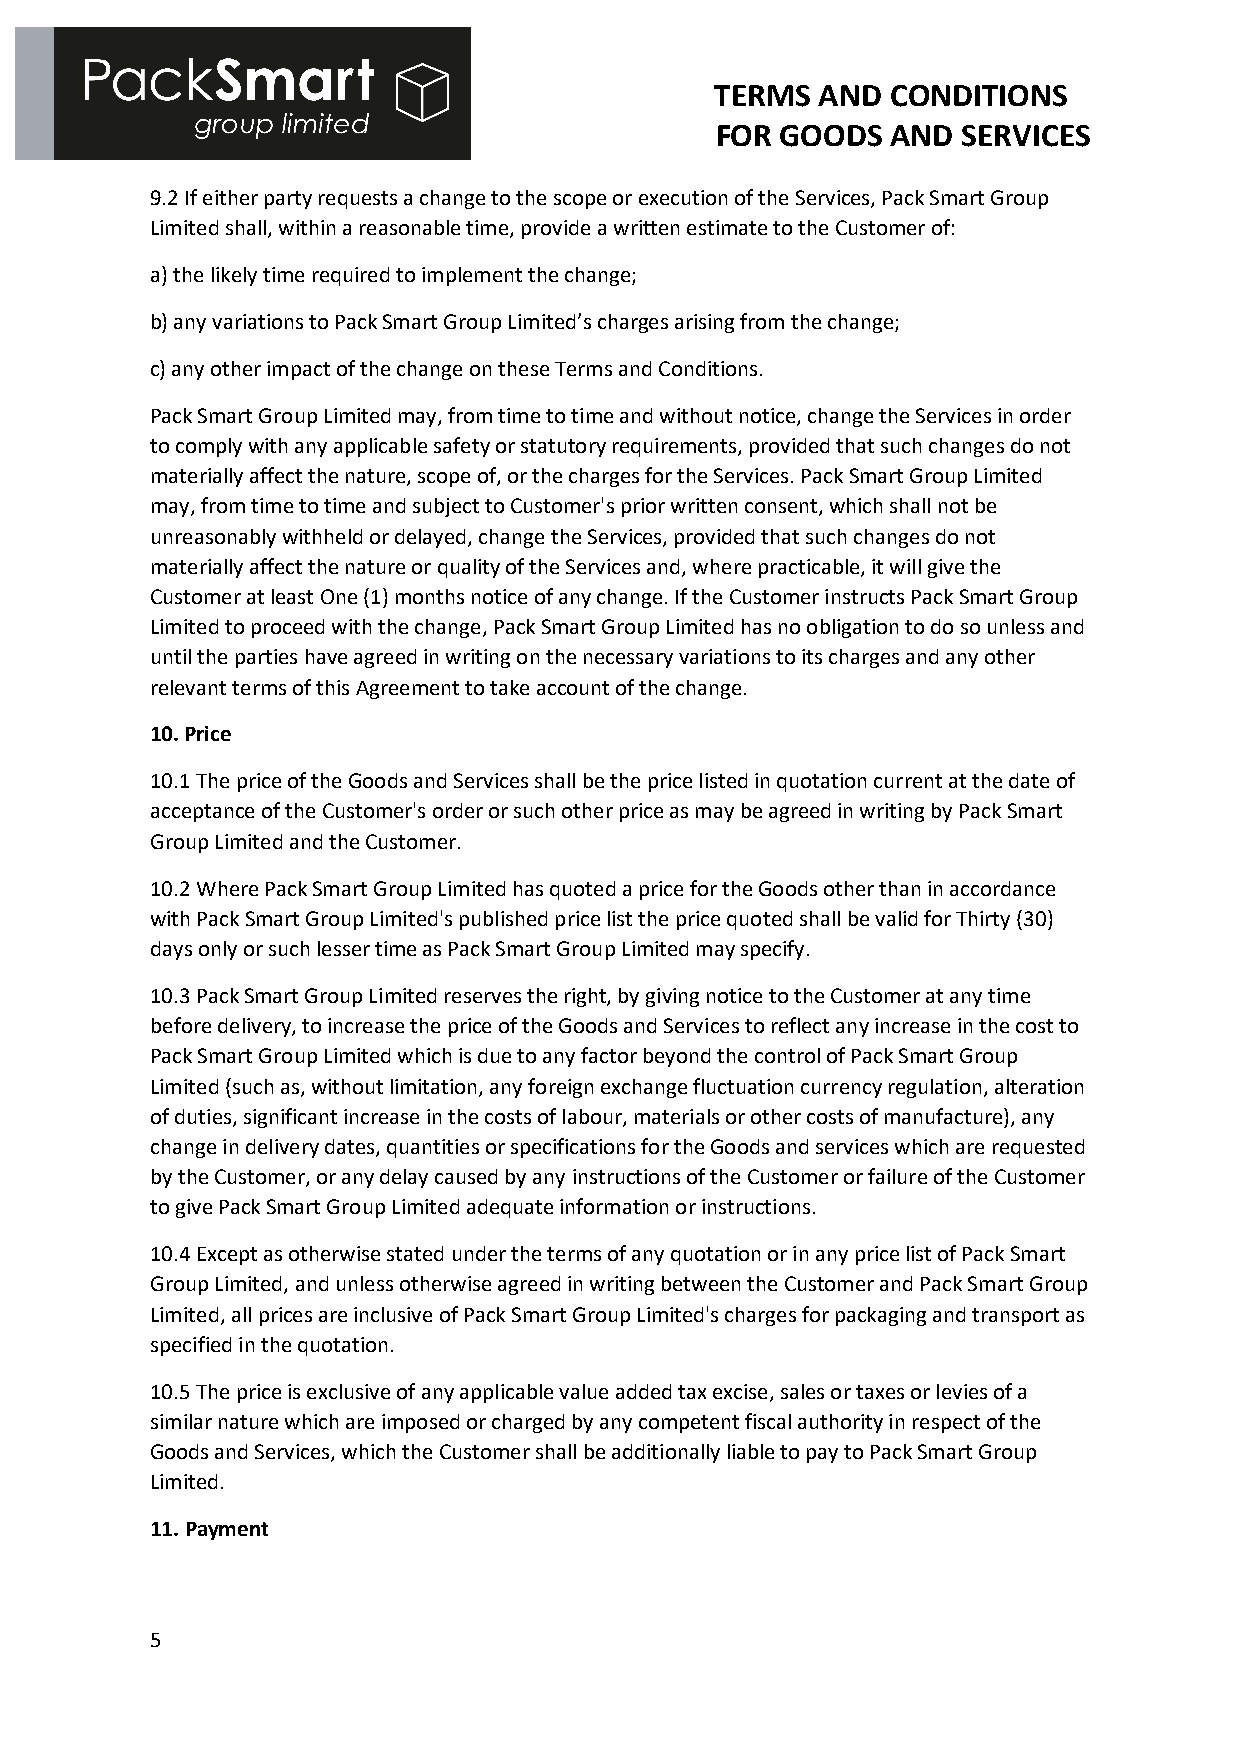
TERMS  AND  CONDITIONS
 FOR  GOODS  AND  SERVICES
 9.2 If either party requests a change to the scope or execution of the Services, Pack Smart Group
 Limited shall, within a reasonable time, provide a written estimate to the Customer of:
 a) the likely time required to implement the change;
 b) any variations to Pack Smart Group Limited’s charges arising from the change;
 c) any other impact of the change on these Terms and Conditions.
 Pack Smart Group Limited may, from time to time and without notice, change the Services in order
 to comply with any applicable safety or statutory requirements, provided that such changes do not
 materially affect the nature, scope of, or the charges for the Services. Pack Smart Group Limited
 may, from time to time and subject to Customer's prior written consent, which shall not be
 unreasonably withheld or delayed, change the Services, provided that such changes do not
 materially affect the nature or quality of the Services and, where practicable, it will give the
 Customer at least One (1) months notice of any change. If the Customer instructs Pack Smart Group
 Limited to proceed with the change, Pack Smart Group Limited has no obligation to do so unless and
 until the parties have agreed in writing on the necessary variations to its charges and any other
 relevant terms of this Agreement to take account of the change.
 10. Price
 10.1 The price of the Goods and Services shall be the price listed in quotation current at the date of
 acceptance of the Customer's order or such other price as may be agreed in writing by Pack Smart
 Group Limited and the Customer.
 10.2 Where Pack Smart Group Limited has quoted a price for the Goods other than in accordance
 with Pack Smart Group Limited's published price list the price quoted shall be valid for Thirty (30)
 days only or such lesser time as Pack Smart Group Limited may specify.
 10.3 Pack Smart Group Limited reserves the right, by giving notice to the Customer at any time
 before delivery, to increase the price of the Goods and Services to reflect any increase in the cost to
 Pack Smart Group Limited which is due to any factor beyond the control of Pack Smart Group
 Limited (such as, without limitation, any foreign exchange fluctuation currency regulation, alteration
 of duties, significant increase in the costs of labour, materials or other costs of manufacture), any
 change in delivery dates, quantities or specifications for the Goods and services which are requested
 by the Customer, or any delay caused by any instructions of the Customer or failure of the Customer
 to give Pack Smart Group Limited adequate information or instructions.
 10.4 Except as otherwise stated under the terms of any quotation or in any price list of Pack Smart
 Group Limited, and unless otherwise agreed in writing between the Customer and Pack Smart Group
 Limited, all prices are inclusive of Pack Smart Group Limited's charges for packaging and transport as
 specified in the quotation.
 10.5 The price is exclusive of any applicable value added tax excise, sales or taxes or levies of a
 similar nature which are imposed or charged by any competent fiscal authority in respect of the
 Goods and Services, which the Customer shall be additionally liable to pay to Pack Smart Group
 Limited.
 11. Payment
 5